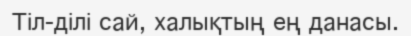
Тіл-ділі сай, халықтың ең данасы.